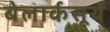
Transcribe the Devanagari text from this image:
बेलार्कसूर्य